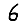
Digit: 6